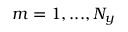
m = 1 , . . . , N _ { y }